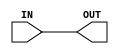
module CONNECTNET(IN, OUT);
output OUT;
input IN;
assign OUT = IN;
endmodule